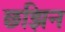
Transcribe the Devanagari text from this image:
छझिन